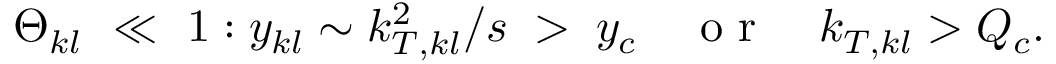
\Theta _ { k l } \ \ll \ 1 : y _ { k l } \sim k _ { T , k l } ^ { 2 } / s \; > \; y _ { c } \quad \textrm { o r } \quad k _ { T , k l } > Q _ { c } .